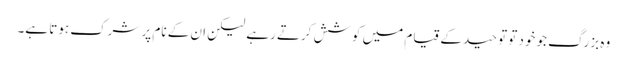
وہ بزرگ جو خود تو توحید کے قیام میں کوشش کرتے رہے لیکن ان کے نام پر شرک ہوتا ہے۔